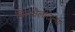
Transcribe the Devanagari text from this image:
चित्रशैलीतल्या